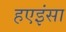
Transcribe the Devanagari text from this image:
हएइंसा